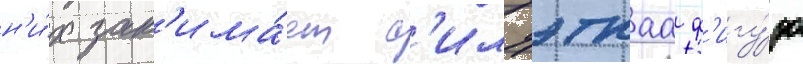
н'и́х зан'има́ет с'илуэтнаа ф'игу́ра